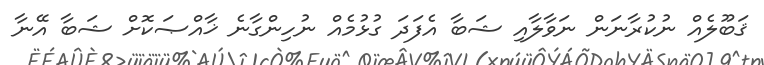
ޤަބޫލެއް ނުކުރާނަން ނަވާލާއި ޝަބާ އެފަދަ ގުޅުމެއް ނުހިންގާނެ ޚާއްޞަކޮށް ޝަބާ އޭނާ